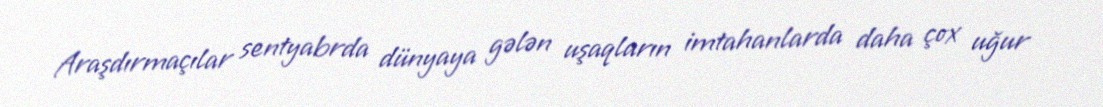
Araşdırmaçılar sentyabrda dünyaya gələn uşaqların imtahanlarda daha çox uğur